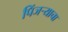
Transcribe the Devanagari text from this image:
पिंजऱ्याचा